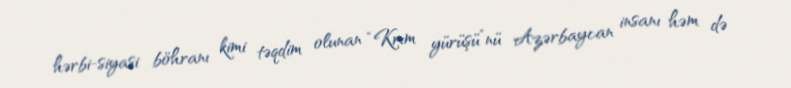
hərbi-siyasi böhranı kimi təqdim olunan “Krım yürüşü”nü Azərbaycan insanı həm də